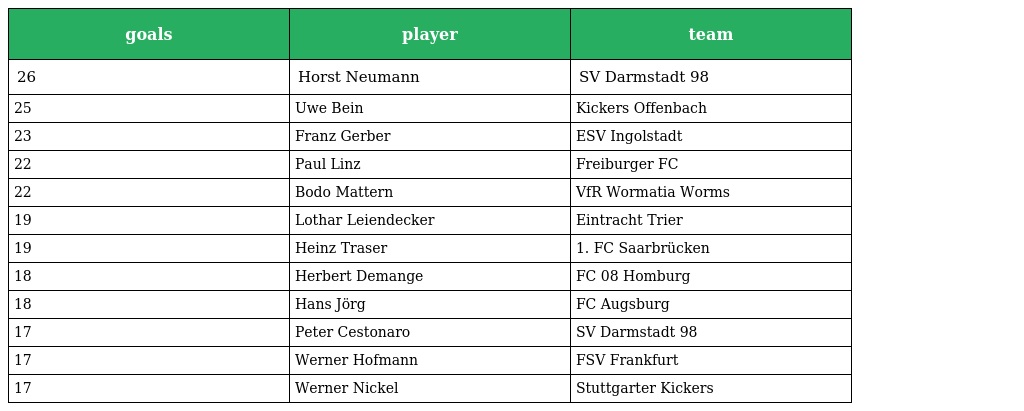
| goals | player | team |
 | --- | --- | --- |
 | 26 | Horst Neumann | SV Darmstadt 98 |
 | 25 | Uwe Bein | Kickers Offenbach |
 | 23 | Franz Gerber | ESV Ingolstadt |
 | 22 | Paul Linz | Freiburger FC |
 | 22 | Bodo Mattern | VfR Wormatia Worms |
 | 19 | Lothar Leiendecker | Eintracht Trier |
 | 19 | Heinz Traser | 1. FC Saarbrücken |
 | 18 | Herbert Demange | FC 08 Homburg |
 | 18 | Hans Jörg | FC Augsburg |
 | 17 | Peter Cestonaro | SV Darmstadt 98 |
 | 17 | Werner Hofmann | FSV Frankfurt |
 | 17 | Werner Nickel | Stuttgarter Kickers |